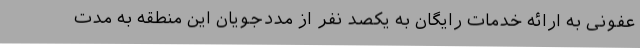
عفونی به ارائه خدمات رایگان به یکصد نفر از مددجویان این منطقه به مدت